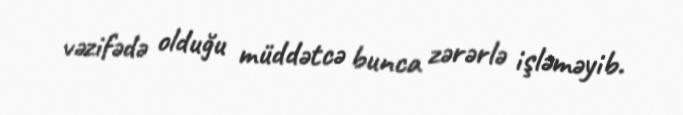
vəzifədə olduğu müddətcə bunca zərərlə işləməyib.